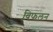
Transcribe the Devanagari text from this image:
विफलन